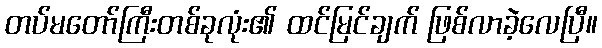
တပ်မတော်ကြီးတစ်ခုလုံး၏ ထင်မြင်ချက် ဖြစ်လာခဲ့လေပြီ။